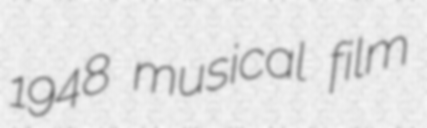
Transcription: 1948 musical film